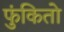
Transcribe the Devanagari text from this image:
फुंकितो